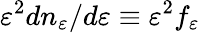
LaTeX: \varepsilon^{2}dn_{\varepsilon}/d\varepsilon\equiv\varepsilon^{2}f_{\varepsilon}